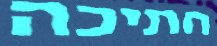
חתיכה